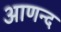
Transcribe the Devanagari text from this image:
आणन्द